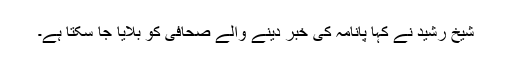
شیخ رشید نے کہا پانامہ کی خبر دینے والے صحافی کو بلایا جا سکتا ہے۔